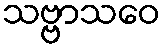
သဗ္ဗာသဝေ